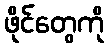
ဖိုင်တွေကို